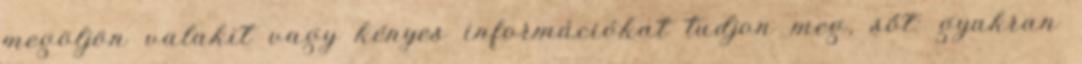
megöljön valakit vagy kényes információkat tudjon meg, sőt: gyakran